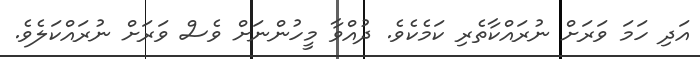
އަދި ހަމަ ވަރަށް ނުރައްކާތެރި ކަމެކެވެ. ދުއްވާ މީހުންނަށް ވެސް ވަރަށް ނުރައްކަލެވެ.